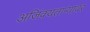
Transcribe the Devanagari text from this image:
अजिंक्यतार्‍यावर